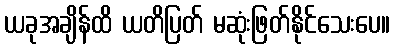
ယခုအချိန်ထိ ယတိပြတ် မဆုံးဖြတ်နိုင်သေးပေ။